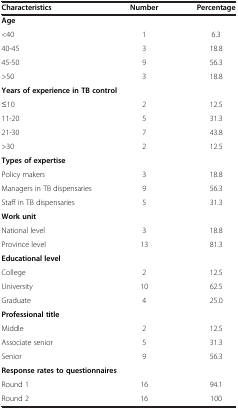
<table><thead><tr><td><b>Characteristics</b></td><td><b>Number</b></td><td><b>Percentage</b></td></tr></thead><tbody><tr><td colspan="3"><b>Age</b></td></tr><tr><td>&lt;40</td><td>1</td><td>6.3</td></tr><tr><td>40-45</td><td>3</td><td>18.8</td></tr><tr><td>45-50</td><td>9</td><td>56.3</td></tr><tr><td>&gt;50</td><td>3</td><td>18.8</td></tr><tr><td colspan="3"><b>Years of experience in TB control</b></td></tr><tr><td>≤10</td><td>2</td><td>12.5</td></tr><tr><td>11-20</td><td>5</td><td>31.3</td></tr><tr><td>21-30</td><td>7</td><td>43.8</td></tr><tr><td>&gt;30</td><td>2</td><td>12.5</td></tr><tr><td colspan="3"><b>Types of expertise</b></td></tr><tr><td>Policy makers</td><td>3</td><td>18.8</td></tr><tr><td>Managers in TB dispensaries</td><td>9</td><td>56.3</td></tr><tr><td>Staff in TB dispensaries</td><td>5</td><td>31.3</td></tr><tr><td colspan="3"><b>Work unit</b></td></tr><tr><td>National level</td><td>3</td><td>18.8</td></tr><tr><td>Province level</td><td>13</td><td>81.3</td></tr><tr><td colspan="3"><b>Educational level</b></td></tr><tr><td>College</td><td>2</td><td>12.5</td></tr><tr><td>University</td><td>10</td><td>62.5</td></tr><tr><td>Graduate</td><td>4</td><td>25.0</td></tr><tr><td colspan="3"><b>Professional title</b></td></tr><tr><td>Middle</td><td>2</td><td>12.5</td></tr><tr><td>Associate senior</td><td>5</td><td>31.3</td></tr><tr><td>Senior</td><td>9</td><td>56.3</td></tr><tr><td colspan="3"><b>Response rates to questionnaires</b></td></tr><tr><td>Round 1</td><td>16</td><td>94.1</td></tr><tr><td>Round 2</td><td>16</td><td>100</td></tr></tbody></table>